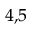
^ { 4 , 5 }